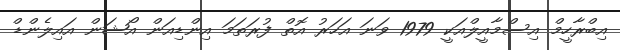
އިބްރާހީމް އިސްމާއީލްއަކީ 1979 ވަނަ އަހަރު އޮތް ފުރަތަމަ އިންޑިއަން އޯޝަން އައިލެންޑް